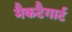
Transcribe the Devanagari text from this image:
मैकटैगार्ट